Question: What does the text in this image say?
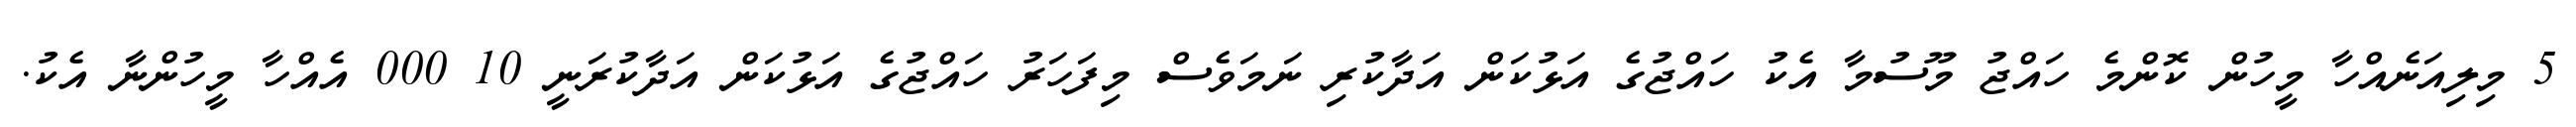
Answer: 5 މިލިއަނެއްހާ މީހުން ކޮންމެ ހައްޖު މޫސުމާ އެކު ހައްޖުގެ އަޅުކަން އަދާކުރި ނަމަވެސް މިފަހަރު ހައްޖުގެ އަޅުކަން އަދާކުރަނީ 10 000 އެއްހާ މީހުންނާ އެކު.